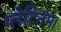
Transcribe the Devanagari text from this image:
प्लेटिनम।